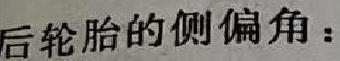
后轮胎的侧偏角：